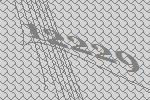
12229